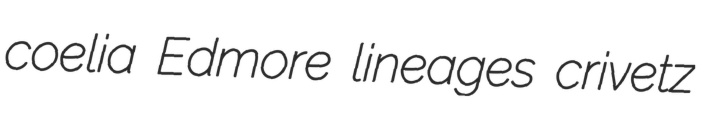
coelia Edmore lineages crivetz